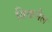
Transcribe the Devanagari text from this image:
बिकनैल